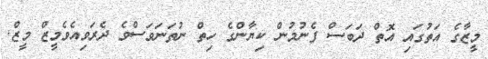
މީޒާގެ އަތުގައި އޮތް ދަބަސް ފެނުމުން ކިޔާންގެ ހިތް ނުތަނަވަސްވެ ދެރަވިއެވެމީޒް މީޒް.